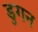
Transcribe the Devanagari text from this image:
डुगन